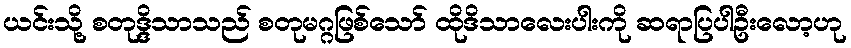
ယင်းသို့ စတုဒ္ဒိသာသည် စတုမဂ္ဂဖြစ်သော် ထိုဒိသာလေးပါးကို ဆရာပြပါဦးလော့ဟု